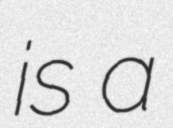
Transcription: is a